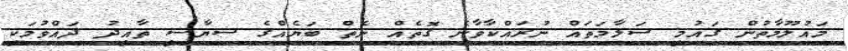
މައުލޫމާތުން ގައުމީ ސަލާމަތައް ނުރައްކާވާނެ ގޮތެއް ނެތް ބަޔެއްގެ ސިޔާސީ ތާއީދު ދައްވުމަކީ